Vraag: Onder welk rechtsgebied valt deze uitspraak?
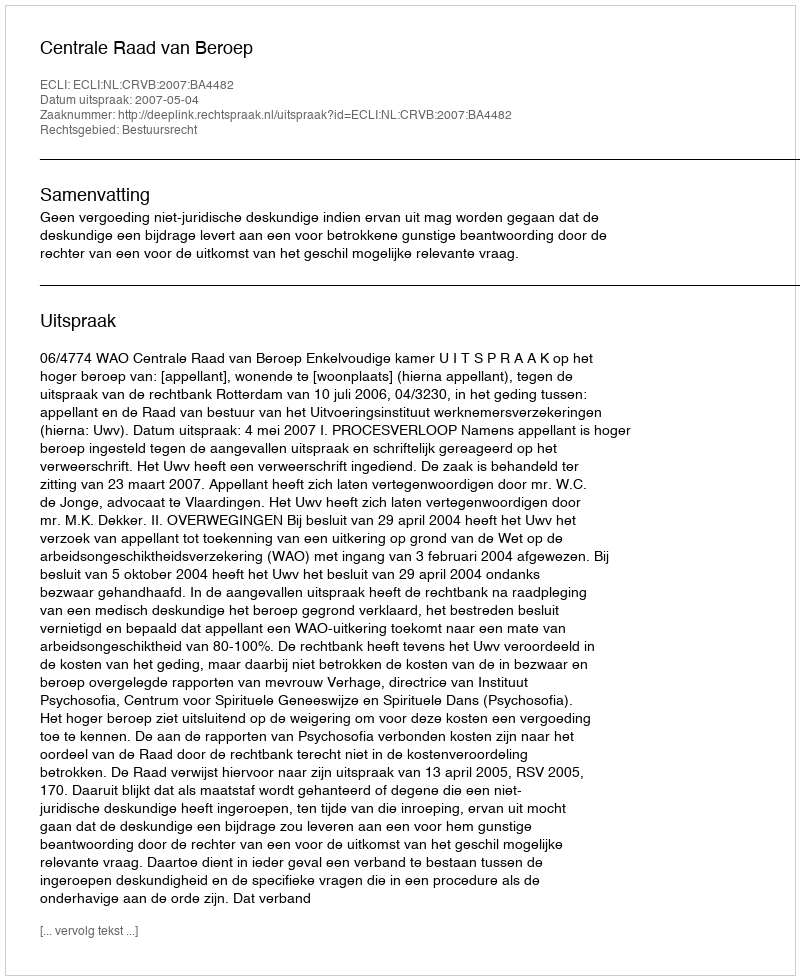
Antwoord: Bestuursrecht